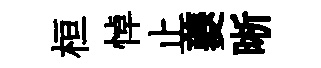
桓悼止夔晰